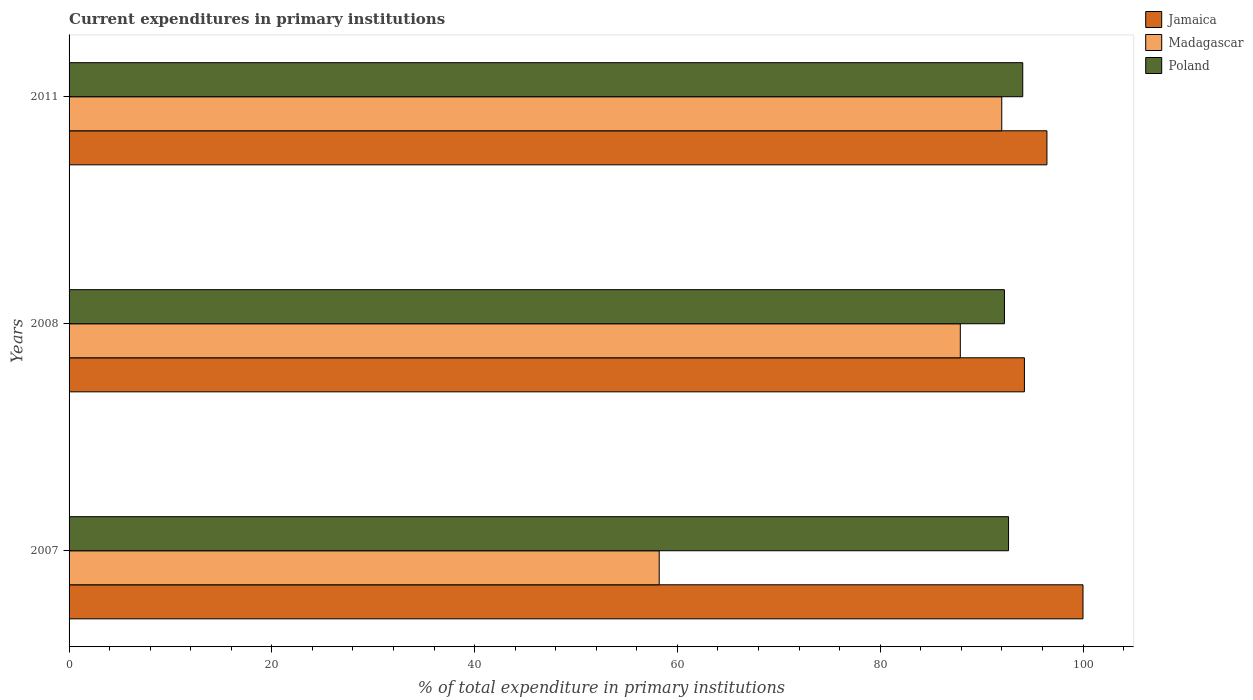
| Years | Jamaica | Madagascar | Poland |
 | --- | --- | --- | --- |
 | 2007 | 100 | 58.2 | 92.7 |
 | 2008 | 94.2 | 87.9 | 92.3 |
 | 2011 | 96.4 | 92 | 94.1 |